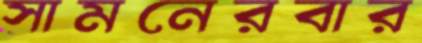
সামনেরবার